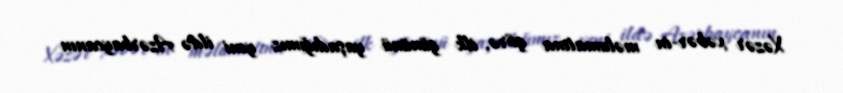
Xəzər xəbər-in məlumatına görə, ilk gününü yaşadığımız yeni ildə Azərbaycanın